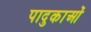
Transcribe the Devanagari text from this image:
पादुकाओं